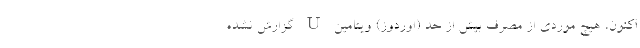
اکنون، هیچ موردی از مصرف بیش از حد (اُوردوز) ویتامین U گزارش نشده